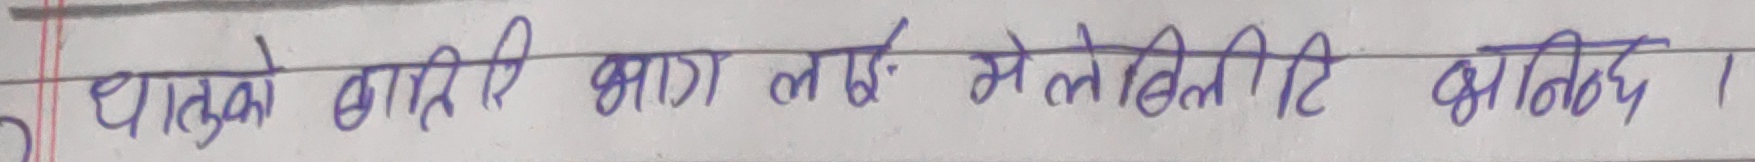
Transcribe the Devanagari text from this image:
घातको बाहिरि भाग लढ् से ले बेलीटि भनिन्छ ।